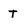
Character: t